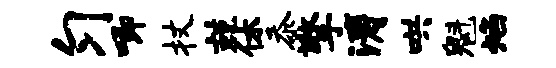
匀唧杖兢休忝擎涛哄魁焰